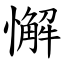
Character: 懈